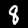
Digit: 8